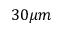
3 0 \mu m